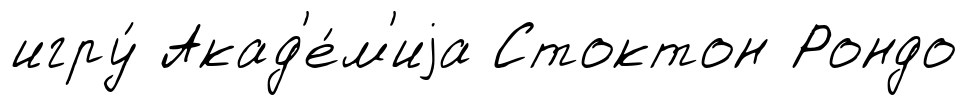
игру́ Акад'е́м'иjа Стоктон Рондо